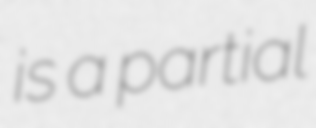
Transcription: is a partial